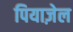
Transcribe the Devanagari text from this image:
पियाज़ेल